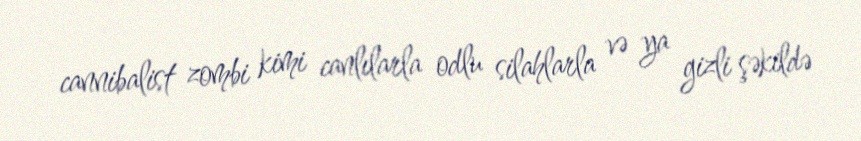
cannibalist zombi kimi canlılarla odlu silahlarla və ya gizli şəkildə